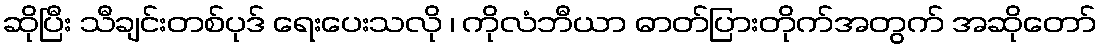
ဆိုပြီး သီချင်းတစ်ပုဒ် ရေးပေးသလို ၊ ကိုလံဘီယာ ဓာတ်ပြားတိုက်အတွက် အဆိုတော်